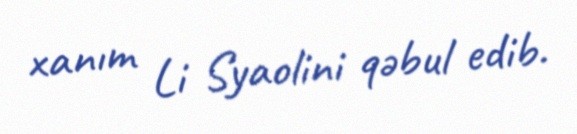
xanım Li Syaolini qəbul edib.